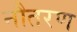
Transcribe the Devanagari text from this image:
नौतरण